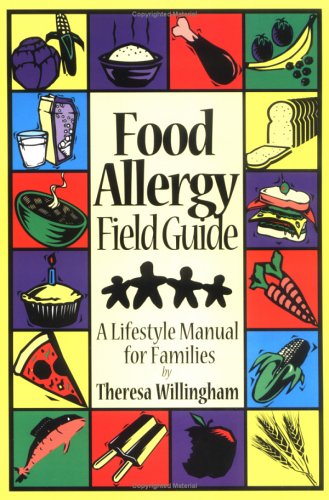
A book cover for Food Allergy Field Guide : A Lifestyle Manual for Families; Theresa Willingham; Health, Fitness & Dieting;